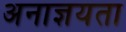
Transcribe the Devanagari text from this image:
अनाज्ञयता